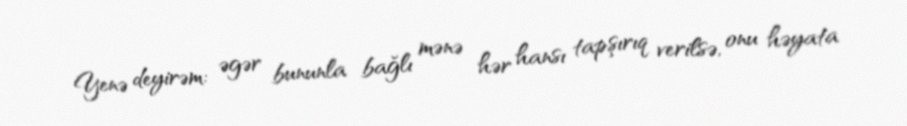
Yenə deyirəm: əgər bununla bağlı mənə hər hansı tapşırıq verilsə, onu həyata